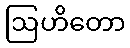
ဩဟိတော